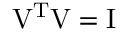
\mathrm { V } ^ { \mathrm { T } } \mathrm { V } = \mathrm { I }